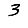
Digit: 3